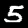
Label: 5